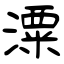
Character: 潥